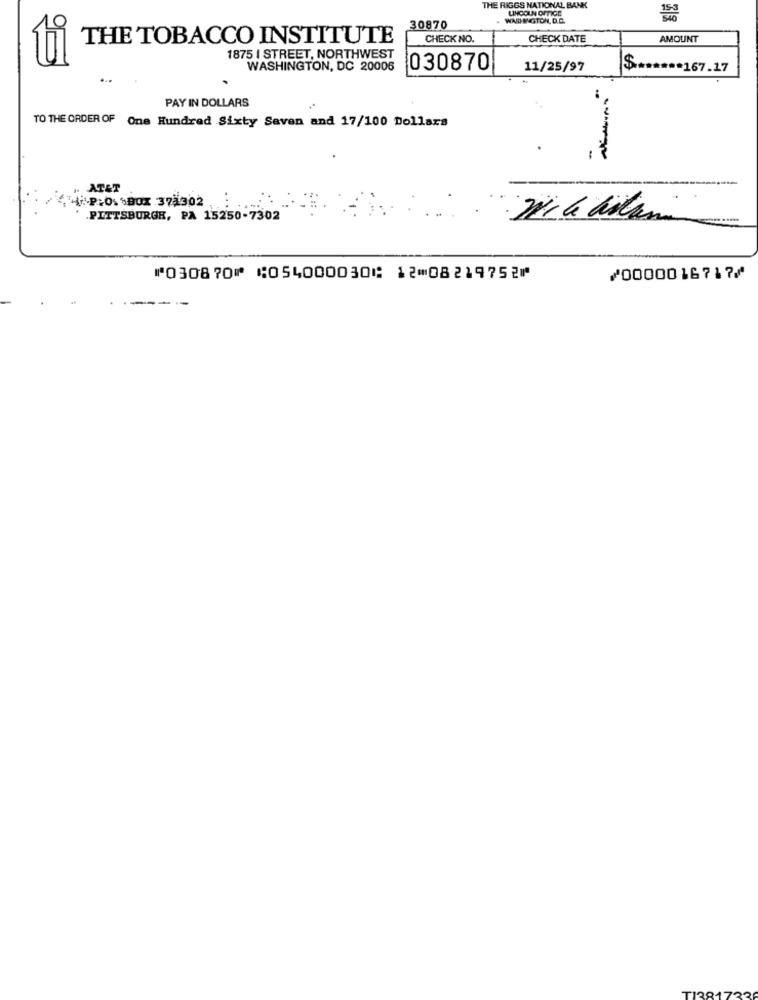
THE RIGGS NATIONAL BANK
WA/D-INGTON, D.C.
30870
THE TOBACCO INSTITUTE
CHECK NO.
CHECK DATE
AMOUNT
1875 I STREET, NORTHWEST
WASHINGTON, DC 20006
030870
11/25/97
$ ****** 167.17
PAY IN DOLLARS
TO THE ORDER OF One Hundred Sixty Seven and 17/100 Dollars
AT&T
MAP:0. 000X 37/302
* . PITTSBURGH, PA 15250-7302
⑈030870⑈ ⑆054000030⑆ 12⑉08219752⑈
⑇0000016717⑇